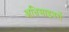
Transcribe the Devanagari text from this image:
अधिसाइवरों